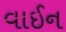
વાઈન